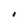
Character: O